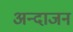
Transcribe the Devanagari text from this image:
अन्दाजन